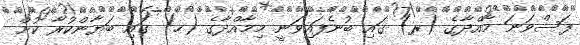
ފަސްވަނަ މާއްދާގެ (ރ) ގައި ބުނެފައިވަނީ މިމާއްދާގެ (ހ) ގައި ބަޔާންކުރާ ކުށް